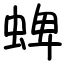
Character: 蜱